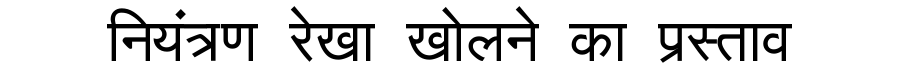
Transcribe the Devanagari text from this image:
नियंत्रण रेखा खोलने का प्रस्ताव